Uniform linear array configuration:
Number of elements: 64
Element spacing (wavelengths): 0.25
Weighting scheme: blackman
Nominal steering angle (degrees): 45
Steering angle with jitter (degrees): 43.652
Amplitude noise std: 0.05
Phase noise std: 0.05

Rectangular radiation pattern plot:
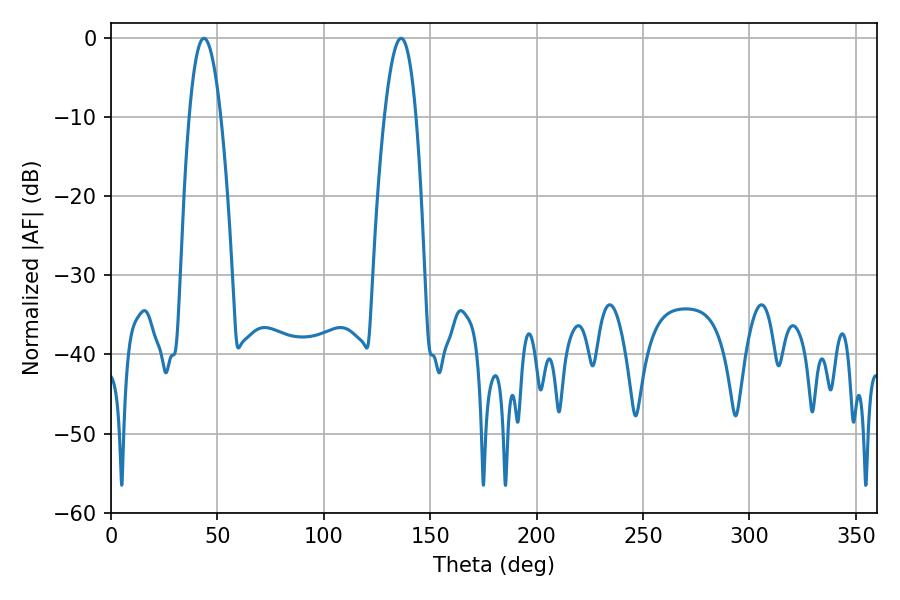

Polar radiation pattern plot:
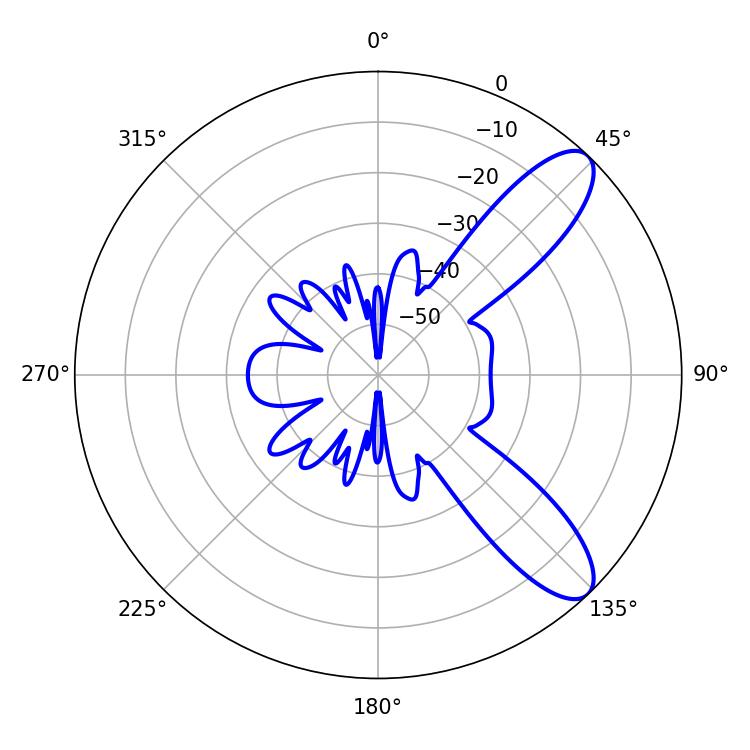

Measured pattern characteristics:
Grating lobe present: FALSE
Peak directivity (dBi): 9.734
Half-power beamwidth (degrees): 8.1
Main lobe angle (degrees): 43.74